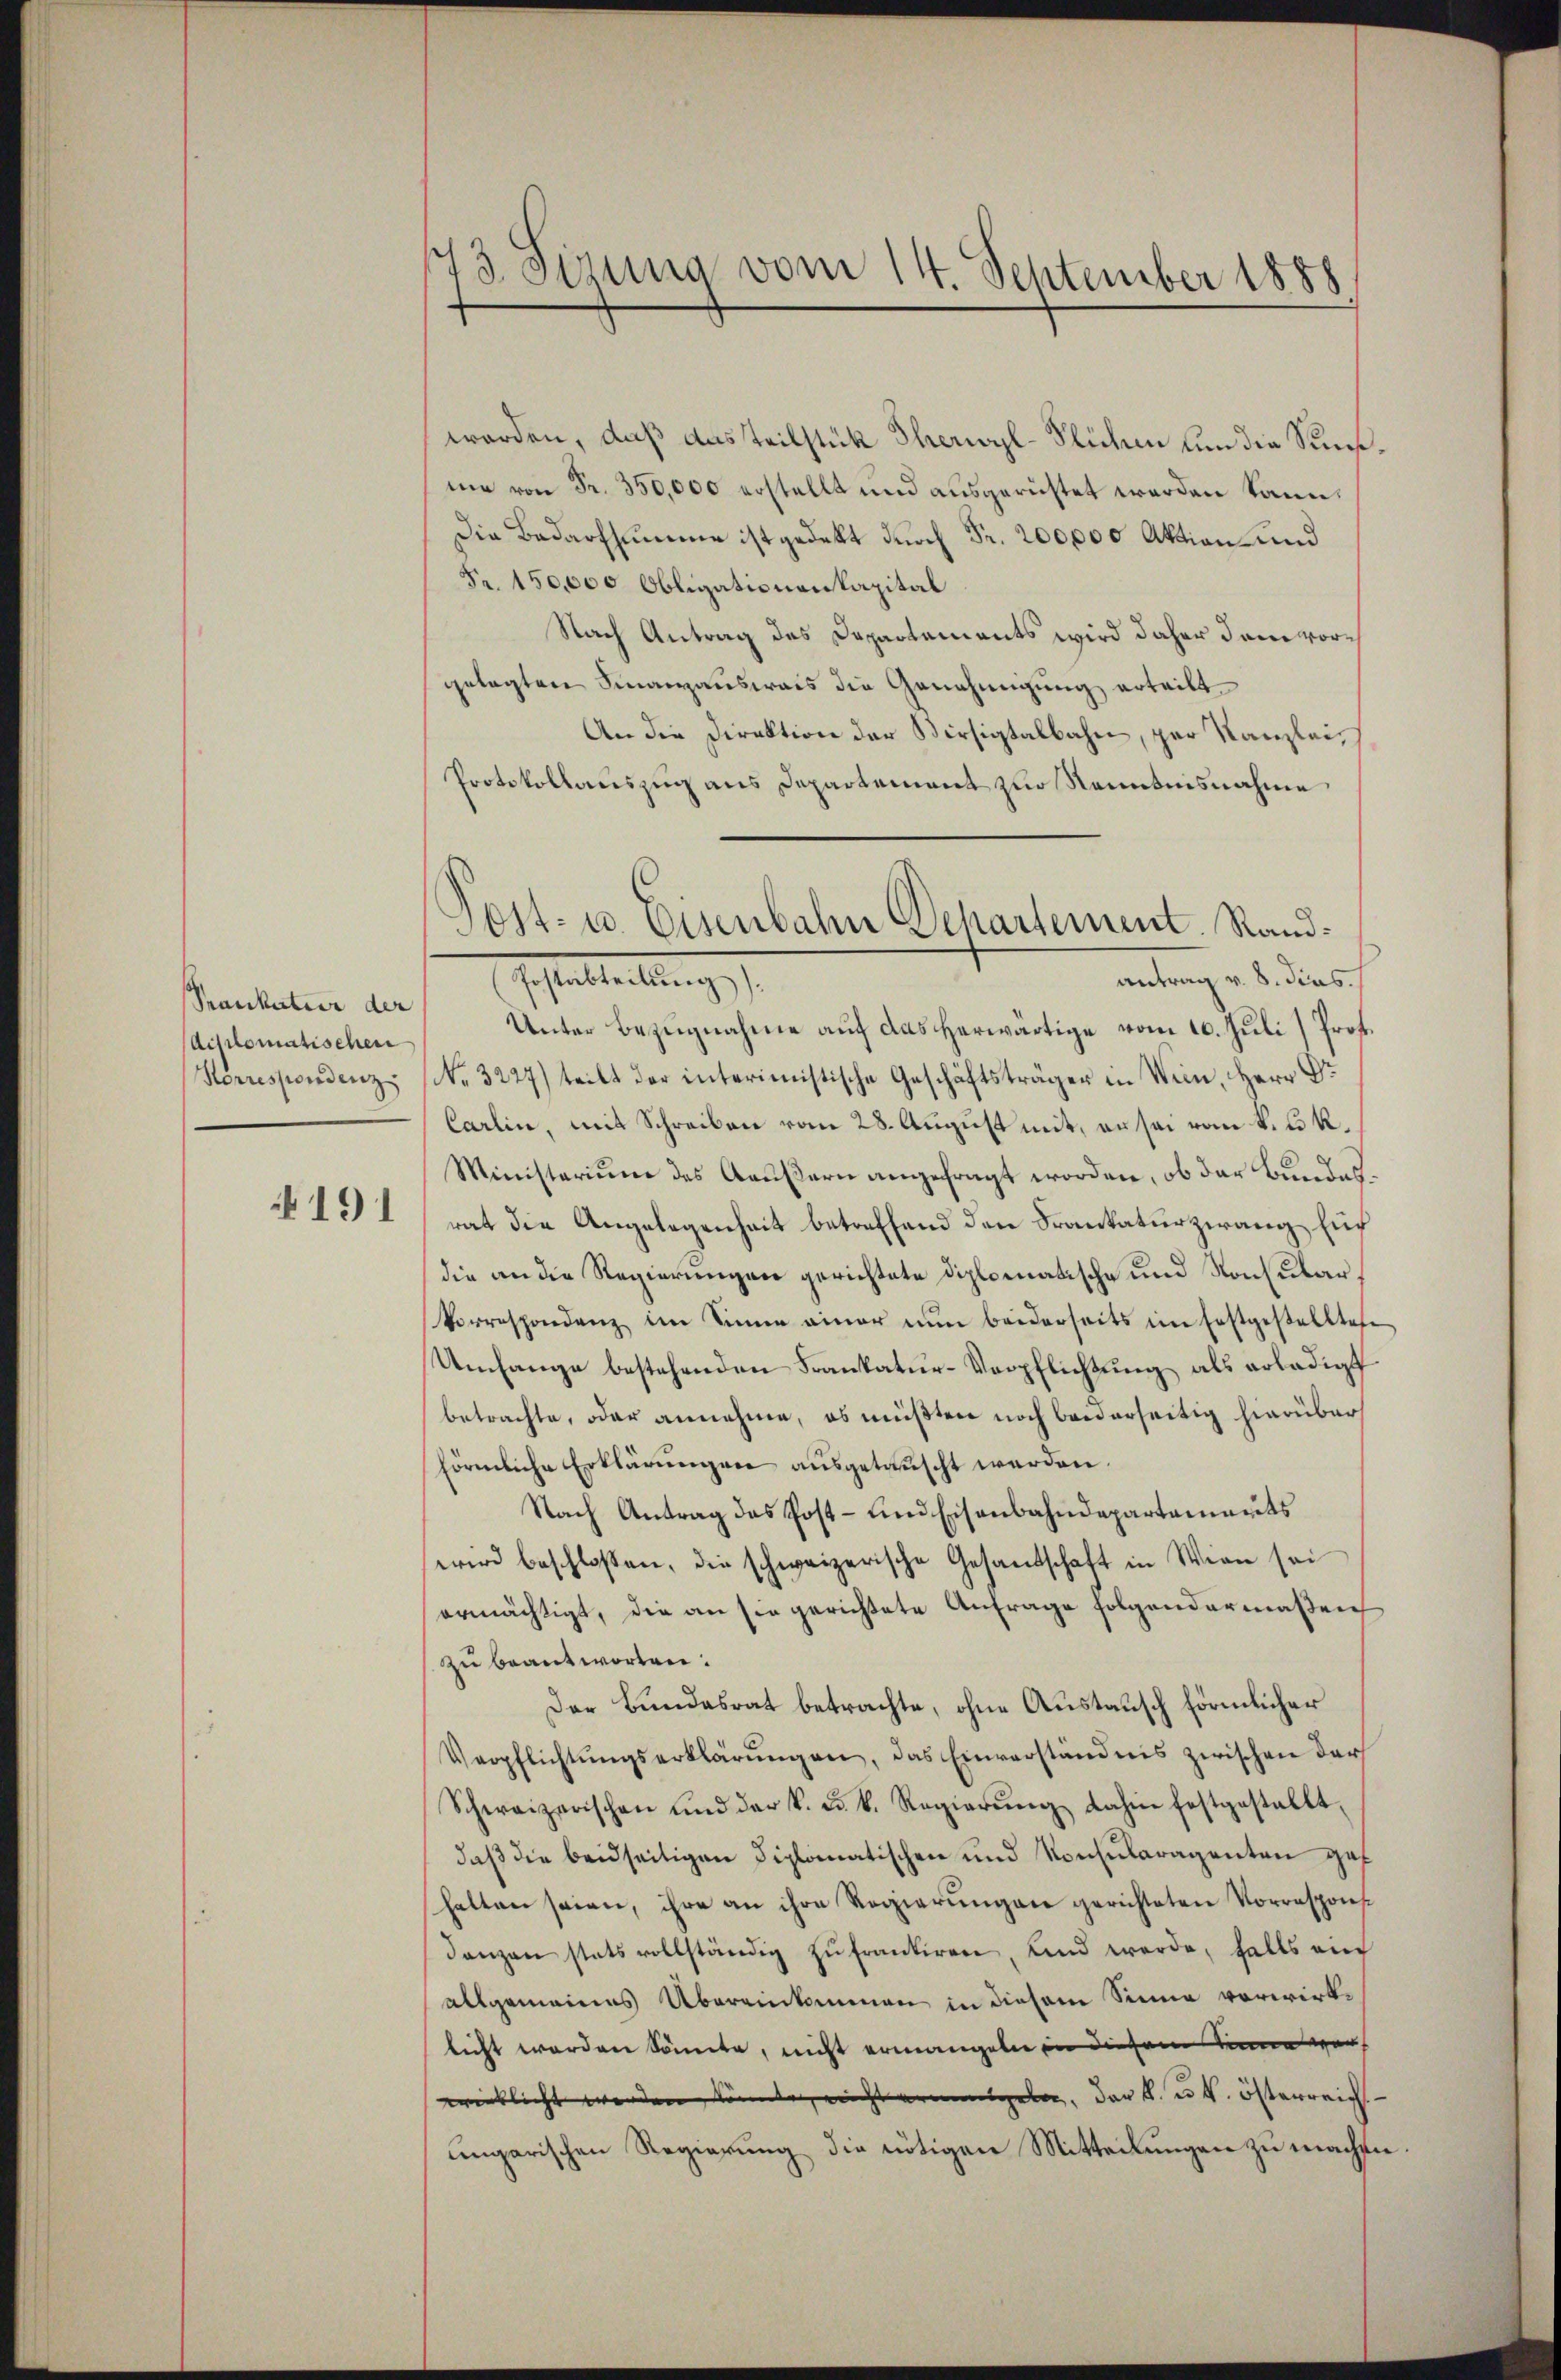
Sraukatur der
diplomatischen
Korrespondenz

191

23 Sirung vom 14. September 1888

worden, daß das teilstück Therwyl-Slichen von die Sunsme von Fr. 350,000 erstellt und ausgerüstet werden kann.
Die Bedarfsumme ist gedekt durch Fr. 200,000 Aktion und
Fr. 150,000 Obligationenkapital
Nach Antrag des Departements wird daher dem vorgelegten Finanzausweis die Genehmigung erteilt
An die Direktion der Versigtalbahn, par Kanzlei,
Protokollauszug aus Departement zur Renntnisnahme
Unter Bezugnahme auf das herwärtige vom 10. Juli) Prof.
No. 3227) teilt der interimistische Geschäftsträger in Wein, Herr Dr
Carlin, mit Schreiben vom 28. August mit, er sei vom k. k.
Ministerium des Aeußern angefragt worden, ob der Bundesrat die Angelegenheit betreffend den Frankaturzwang auf
die an die Regierungen gerichtete diplomatische und Konsular¬
Vorrespondenz im Sinne einer nŭn beiderseits im Erstgestellten
Umfange bestehenden Frankatur-Verpflichtung als erledigt
betrachte, oder annehme, es müßten noch beiderseitig hierüber
förmliche Erklärungen ausgetauscht werden.
Nach Antrag des Post- und Eisenbahndepartements
wird beschlossen, die schweizerische Gesandschaft in Wien sei
ermächtigt, die an sie gerichtete Anfrage folgendermaßen
zu beantworten.
Der Bundesrat betrachte, ohne Austausch förmlicher
Verpflichtŭngserklärŭngen, das Einverständnis zwischen darf
Schweizerischen und der k. u. k. Regierŭng dahin festgestallt,
daß die beidseitigen Diplomatischen und Konsularagenten gef
halten seien, ihre an ihre Regierŭngen gerichteten Vorrespons¬
Janzen stats vollständig zŭfrantiren, und werde, falls au
allgemeines Übereinkommen in diesem Sinne verwirklicht worden könnte, nicht ermangeln in diesem Sinne vor
wieblicht werden könnte, nicht eingen der B. u. k. österreich
ungarischen Regierung die nötigen Mitteilungen zu machen

Post- u. Eisenbahn Departement. Rand¬
G. hatteilung
antrag v. 8. dies